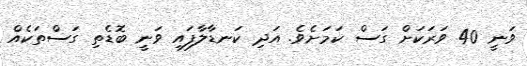
ވަނީ 40 ވަރަކަށް ގަސް ކަމަށެވެ. އަދި ކަނޑާލާފައި ވަނީ ބޮޑެތި ގަސްތަކެއް